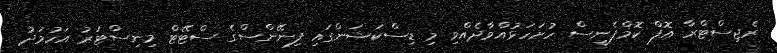
ރެޖިސްޓްރާ އޮފް ކޮމްޕެނީސް ހުށަހަޅުއްވާދެއްވި މި ޑިސްކަޝަންގައި ފިނޭންސްގެ ސްޓޭޓް މިނިސްޓަރު އަހުމަދު